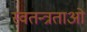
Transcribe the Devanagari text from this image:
स्वतन्त्रताओ